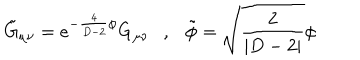
\tilde { G } _ { \mu \nu } = e ^ { - \frac { 4 } { D - 2 } \phi } G _ { \mu \nu } , \tilde { \phi } = \sqrt { \frac { 2 } { | D - 2 | } } \phi